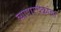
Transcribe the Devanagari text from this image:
व्यापारचक्रांचा